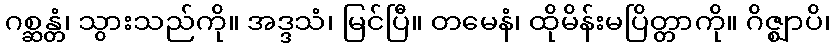
ဂစ္ဆန္တံ၊ သွားသည်ကို။ အဒ္ဒသံ၊ မြင်ပြီ။ တမေနံ၊ ထိုမိန်းမပြိတ္တာကို။ ဂိဇ္ဈာပိ၊